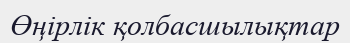
Өңірлік қолбасшылықтар